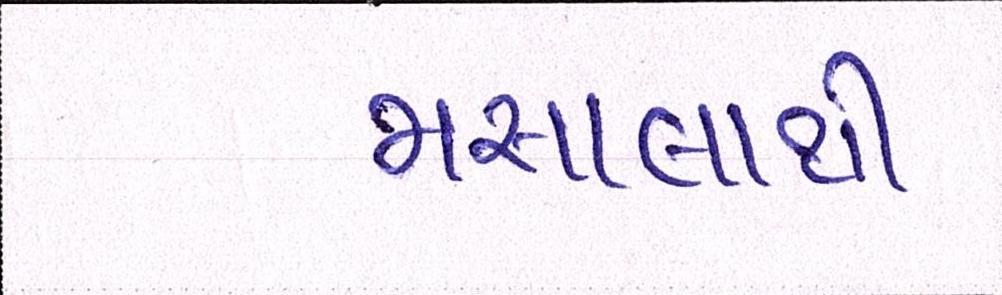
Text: મસાલાથી